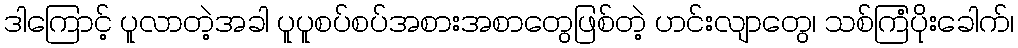
ဒါကြောင့် ပူလာတဲ့အခါ ပူပူစပ်စပ်အစားအစာတွေဖြစ်တဲ့ ဟင်းလျာတွေ၊ သစ်ကြံပိုးခေါက်၊